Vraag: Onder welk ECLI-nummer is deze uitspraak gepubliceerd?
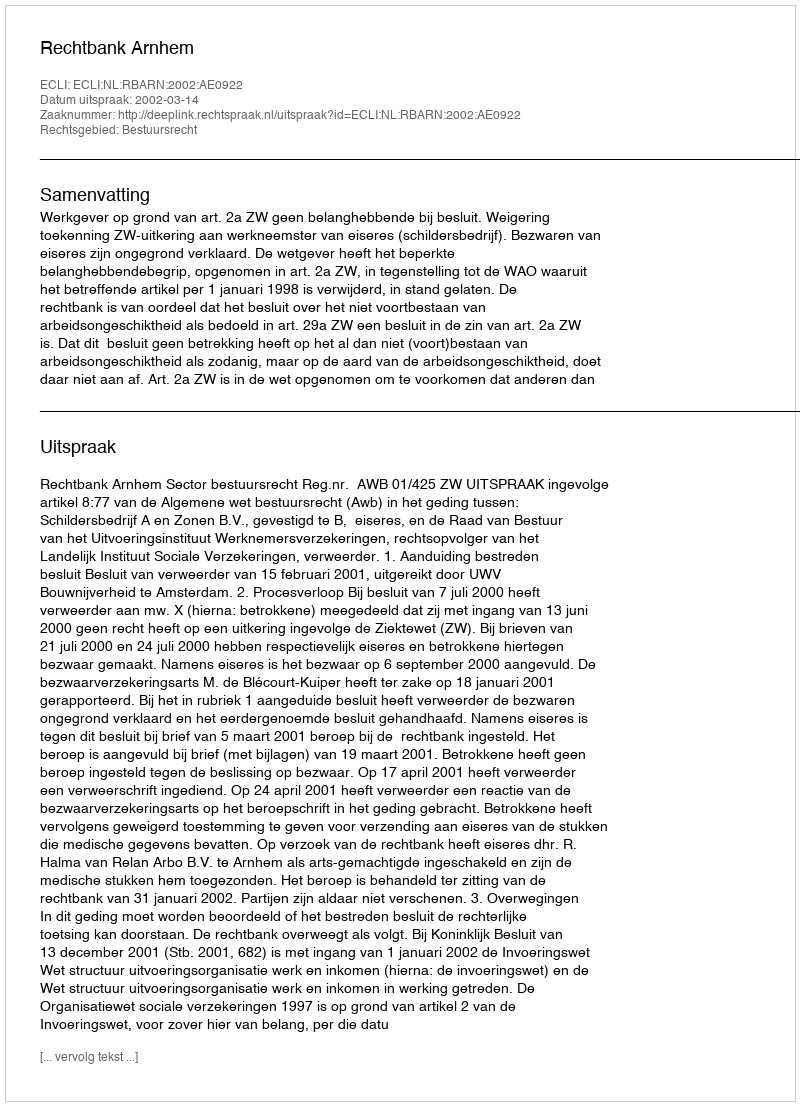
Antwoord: ECLI:NL:RBARN:2002:AE0922